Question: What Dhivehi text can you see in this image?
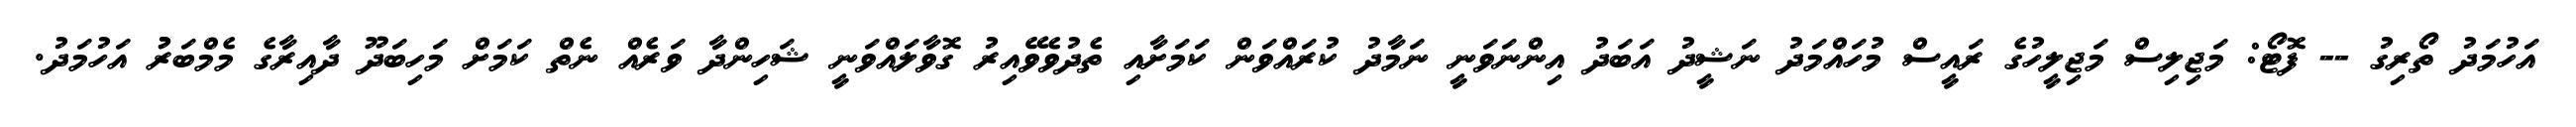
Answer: އަހުމަދު ތޯރިގު -- ފޮޓޯ: މަޖިލިސް މަޖިލީހުގެ ރައީސް މުހައްމަދު ނަޝީދު އަބަދު އިންނަވަނީ ނަމާދު ކުރައްވަން ކަމަށާއި ތެދުވެވޭއިރު ގޮވާލައްވަނީ ޝަހިންދާ ވަރެއް ނެތް ކަމަށް މަހިބަދޫ ދާއިރާގެ މެމްބަރުު އަހުމަދު.